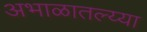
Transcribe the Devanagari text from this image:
अभाळातल्य्या